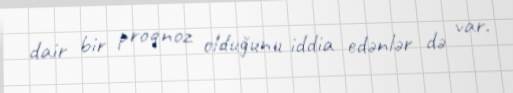
dair bir proqnoz olduğunu iddia edənlər də var.